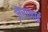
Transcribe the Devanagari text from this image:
ज़ेरानाई